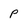
Character: P